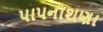
પાપનાશણા